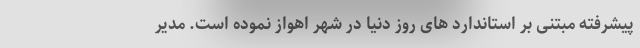
پیشرفته مبتنی بر استاندارد های روز دنیا در شهر اهواز نموده است. مدیر